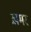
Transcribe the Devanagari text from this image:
ख़मर